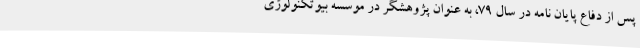
پس از دفاع پایان نامه در سال 79، به عنوان پژوهشگر در موسسه بیوتکنولوژی